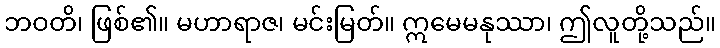
ဘဝတိ၊ ဖြစ်၏။ မဟာရာဇ၊ မင်းမြတ်။ ဣမေမနုဿာ၊ ဤလူတို့သည်။